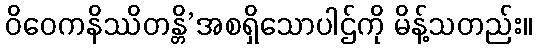
ဝိဝေကနိဿိတန္တိ’အစရှိသောပါဌ်ကို မိန့်သတည်း။